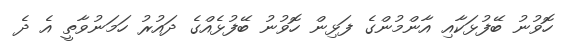
ހޮވުނު ބޭފުޅަކާއި އާންމުންގެ ފަޅިން ހޮވުނު ބޭފުޅެއްގެ ދައުރު ހަަމަނުވާތީ އެ ދެ